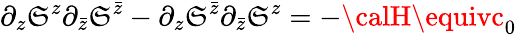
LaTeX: \partial_{z}\mathfrak{S}^{z}\partial_{\bar{{z}}}\mathfrak{S}^{\bar{{z}}}-\partial_{z}\mathfrak{S}^{\bar{{z}}}\partial_{\bar{{z}}}\mathfrak{S}^{z}=-{\calH}\equivc_{0}